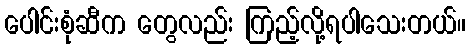
ပေါင်းစုံဆီက တွေလည်း ကြည့်လို့ရပါသေးတယ်။